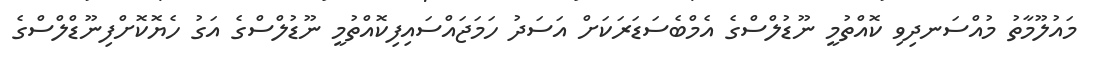
މައުލޫމާތު މުއްސަނދިވި ކޮއްތުމީ ނޫޑުލްސްގެ އެމްބެސަޑަރަކަށް އަސަދު ހަމަޖައްސައިފިކޮއްތުމީ ނޫޑުލްސްގެ އަގު ހެޔޮކޮށްފިނޫޑްލްސްގެ